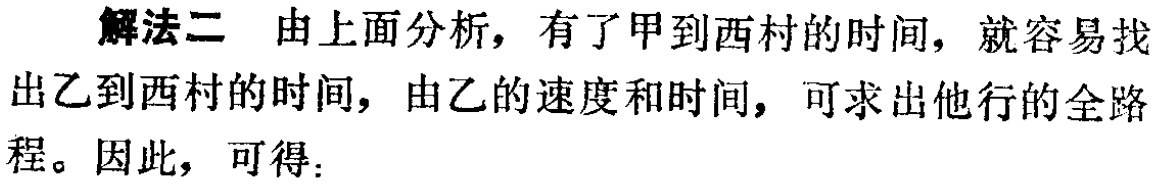
解法二 由上面分析，有了甲到西村的时间，就容易找出乙到西村的时间，由乙的速度和时间，可求出他行的全路程。因此，可得：